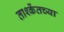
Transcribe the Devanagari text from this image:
ताश्केंतच्या